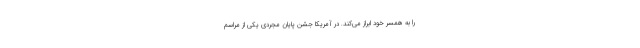
را به همسر خود ابراز می‌کند. در آمریکا جشن پایان مجردی یکی از مراسم